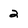
Character: 2